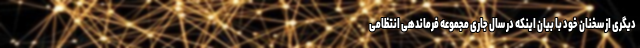
دیگری از سخنان خود با بیان اینکه در سال جاری مجموعه فرماندهی انتظامی